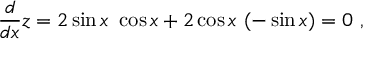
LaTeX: { \frac { d } { d x } } z = 2 \sin x \ \cos x + 2 \cos x \ ( - \sin x ) = 0 \ ,